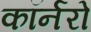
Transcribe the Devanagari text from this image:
कॉर्नरो